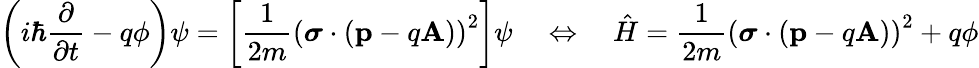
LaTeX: \left(i\hbar{\frac{\partial}{\partial t}}-q\phi\right)\psi=\left[{\frac{1}{2m}}{({\boldsymbol{\sigma}}\cdot(\mathbf{p}-q\mathbf{A}))}^{2}\right]\psi\quad\Leftrightarrow\quad{\hat{H}}={\frac{1}{2m}}{({\boldsymbol{\sigma}}\cdot(\mathbf{p}-q\mathbf{A}))}^{2}+q\phi